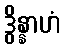
ဒွိန္နာဟံ